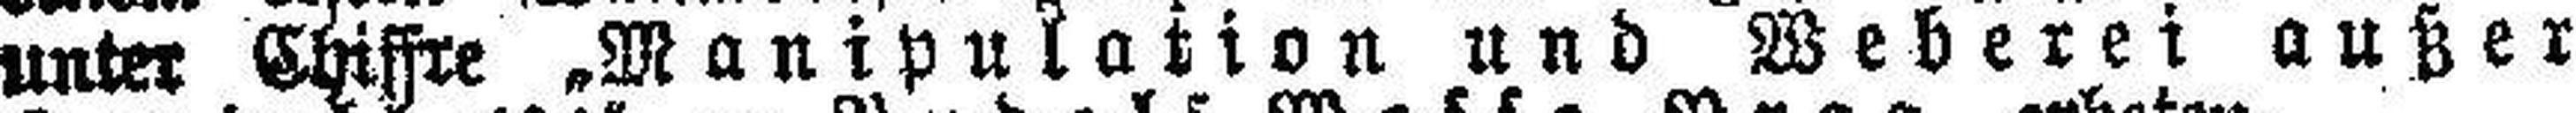
unter Chiffre. Manipulation und Weberei außer